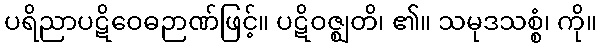
ပရိညာပဋိဝေဓဉာဏ်ဖြင့်။ ပဋိဝဇ္ဈတိ၊ ၏။ သမုဒသစ္စံ၊ ကို။